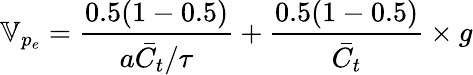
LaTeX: \mathbb{V}_{p_{e}}=\frac{0.5(1-0.5)}{a\bar{C_{t}}/\tau}+\frac{0.5(1-0.5)}{\bar{C_{t}}}\times g